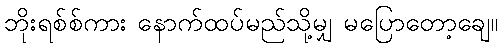
ဘိုးရစ်စ်ကား နောက်ထပ်မည်သို့မျှ မပြောတော့ချေ။